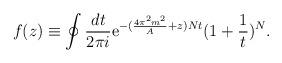
LaTeX: \begin{align*}f(z)\equiv \oint \frac{dt}{2\pi i} {\rm e}^{-(\frac{4 \pi^2 m^2} {A}+z) N t}(1+\frac{1}{t})^{N} .\end{align*}